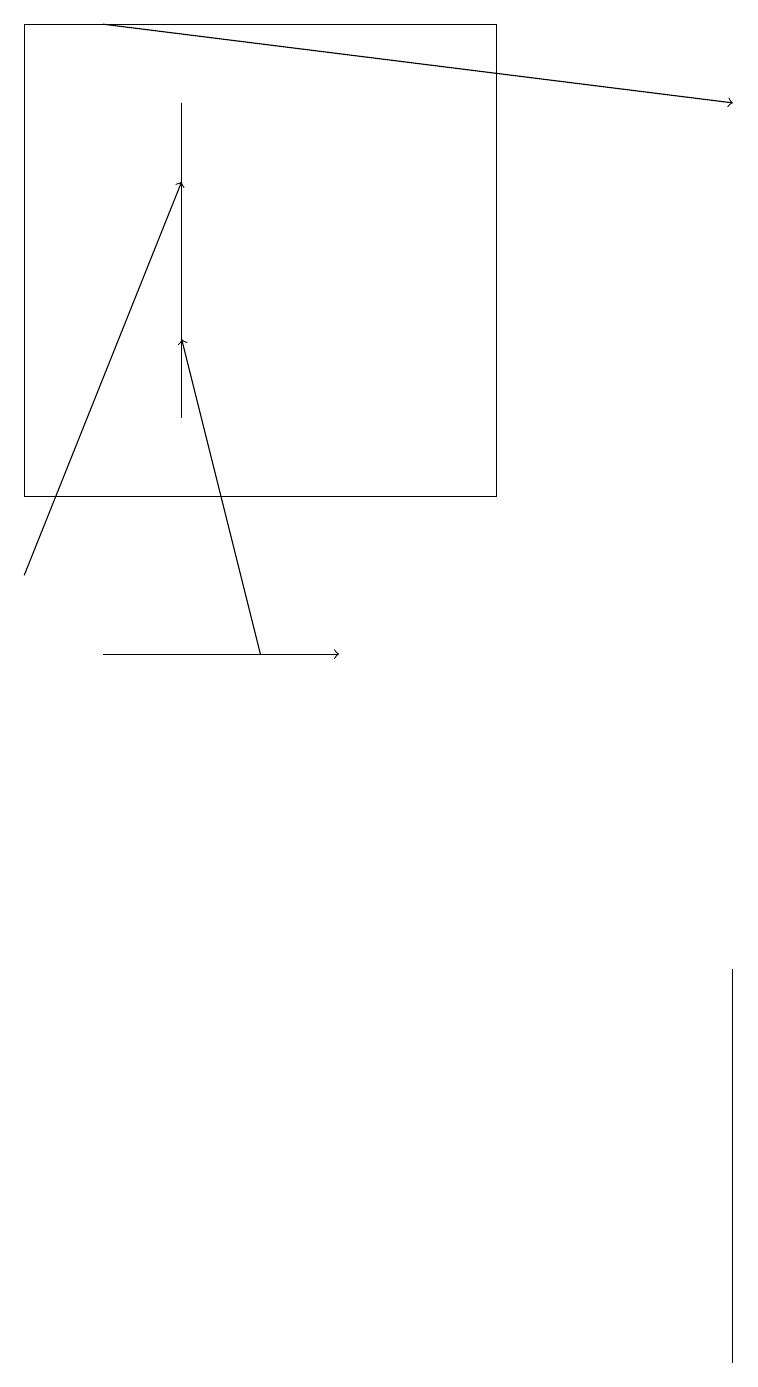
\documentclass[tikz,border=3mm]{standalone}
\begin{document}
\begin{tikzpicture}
\draw[->] (0,11) -- (2,16);
\draw[->] (3,10) -- (2,14);
\draw[->] (1,18) -- (9,17);
\draw (0,12) rectangle (6,18);
\draw (2,17) rectangle (2,13);
\draw (9,1) -- (9,6) -- (9,4) -- cycle;
\draw[->] (1,10) -- (4,10);
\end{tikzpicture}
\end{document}